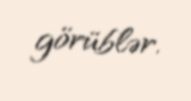
görüblər.